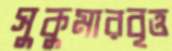
সুকুমারবৃত্ত